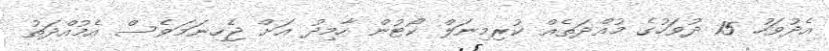
އެދުވަހު 15 ދުވަހުގެ މުއްދަތެއް ކުރިމިނަލް ކޯޓުން ހާމިދު އަށް ޖެހިނަމަވެސް އެމުއްދަތު